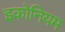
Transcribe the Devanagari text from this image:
इकोनियम